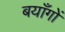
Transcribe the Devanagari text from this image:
बयाँगों